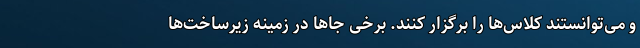
و می‌توانستند کلاس‌ها را برگزار کنند. برخی جاها در زمینه زیرساخت‌ها